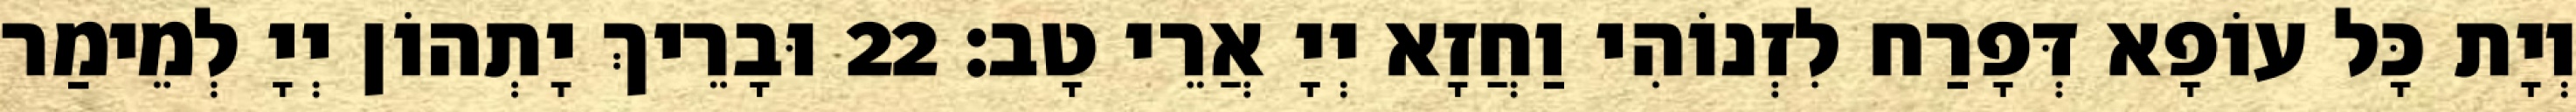
וְיָת כָּל עוֹפָא דְּפָרַח לִזְנוֹהִי וַחֲזָא יְיָ אֲרֵי טָב׃ 22 וּבָרֵיךְ יָתְהוֹן יְיָ לְמֵימַר